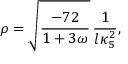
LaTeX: \rho = \sqrt { \frac { - 7 2 } { 1 + 3 \omega } } \, \frac { 1 } { l \kappa _ { 5 } ^ { 2 } } ,